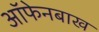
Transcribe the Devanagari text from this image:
ऑफेनबाख